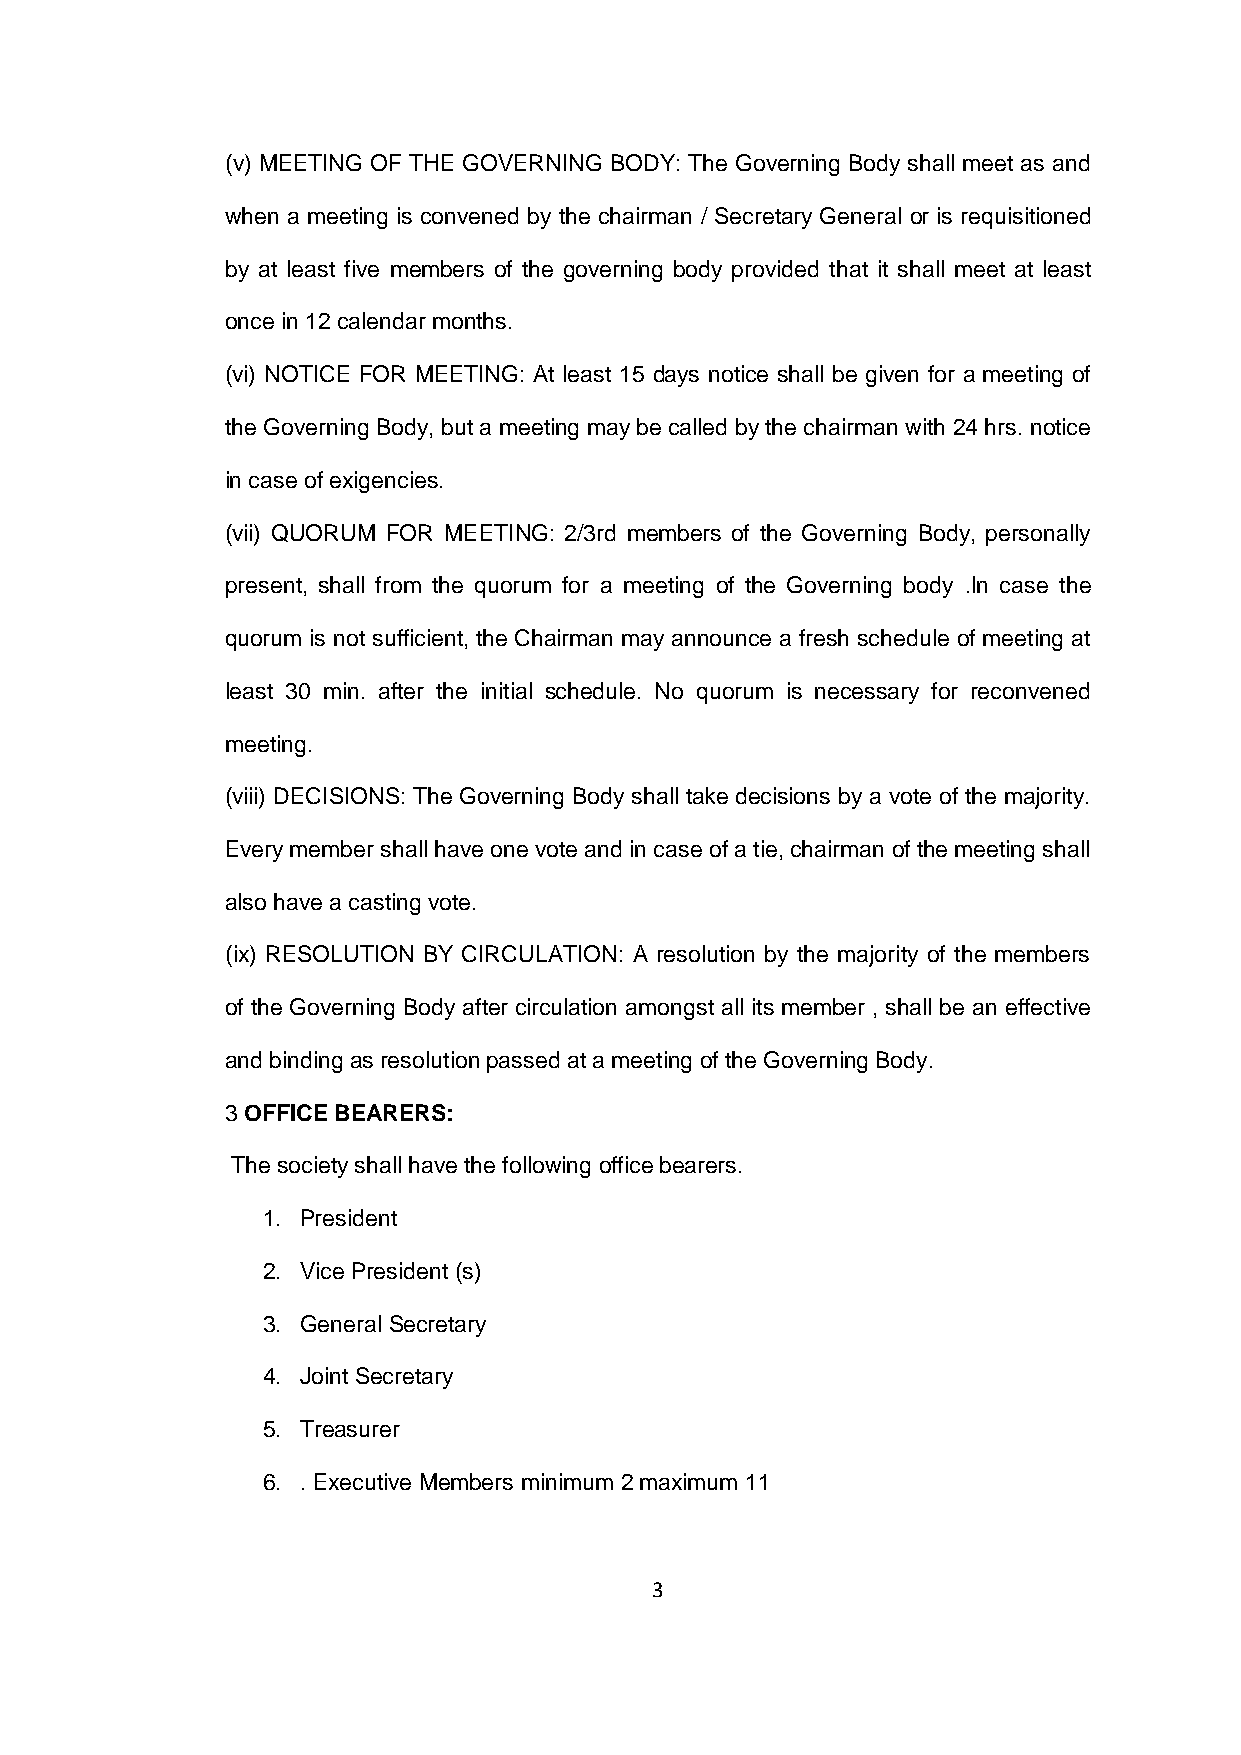
(v) MEETING OF THE GOVERNING BODY: The Governing Body shall meet as and
 when a meeting is convened by the chairman / Secretary General or is requisitioned
 by at least five members of the governing body provided that it shall meet at least
 once in 12 calendar months.
 (vi) NOTICE FOR MEETING: At least 15 days notice shall be given for a meeting of
 the Governing Body, but a meeting may be called by the chairman with 24 hrs. notice
 in case of exigencies.
 (vii) QUORUM FOR MEETING: 2/3rd members of the Governing Body, personally
 present, shall from the quorum for a meeting of the Governing body .In case the
 quorum is not sufficient, the Chairman may announce a fresh schedule of meeting at
 least 30 min. after the initial schedule. No quorum is necessary for reconvened
 meeting.
 (viii) DECISIONS: The Governing Body shall take decisions by a vote of the majority.
 Every member shall have one vote and in case of a tie, chairman of the meeting shall
 also have a casting vote.
 (ix) RESOLUTION BY CIRCULATION: A resolution by the majority of the members
 of the Governing Body after circulation amongst all its member , shall be an effective
 and binding as resolution passed at a meeting of the Governing Body.
 3 OFFICE BEARERS:
 The society shall have the following office bearers.
 1. President
 2. Vice President (s)
 3. General Secretary
 4. Joint Secretary
 5. Treasurer
 6. . Executive Members minimum 2 maximum 11
 3